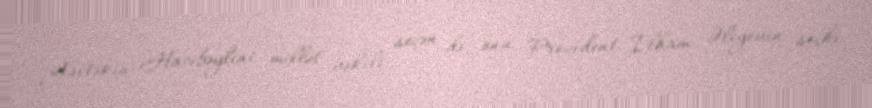
Gültəkin Hacıbəylini millət vəkili seçən də, onu Prezident İlham Əliyevin seçki